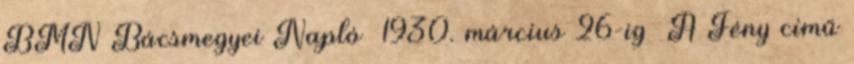
BMN Bácsmegyei Napló 1930. március 26-ig A Fény című